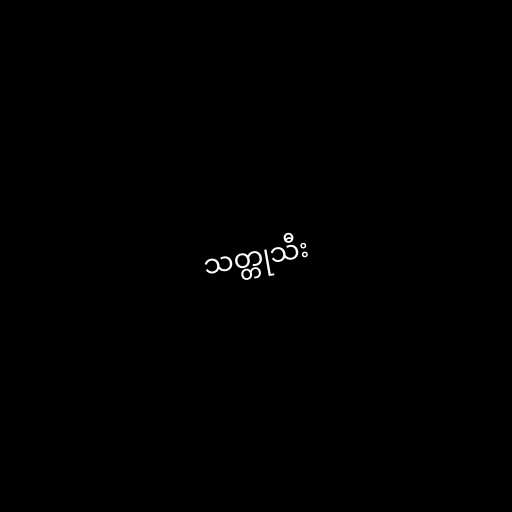
သတ္တုသီး